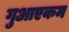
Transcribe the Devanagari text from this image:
गुआएकम